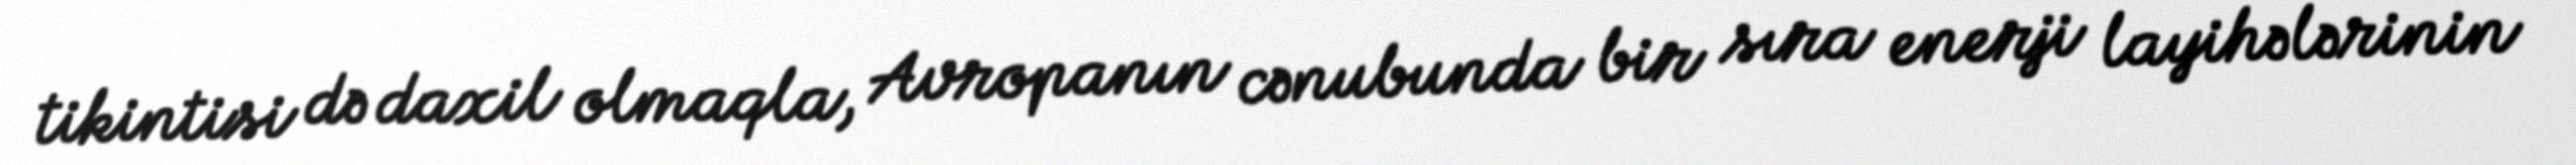
tikintisi də daxil olmaqla, Avropanın cənubunda bir sıra enerji layihələrinin